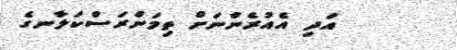
އަދި އެއުރެންނަށް ތިމަންރަސްކަލާނގެ